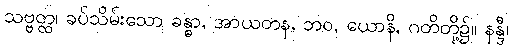
သဗ္ဗတ္ထ၊ ခပ်သိမ်းသော ခန္ဓာ, အာယတန, ဘဝ, ယောနိ, ဂတိတို့၌။ နန္ဒီ၊